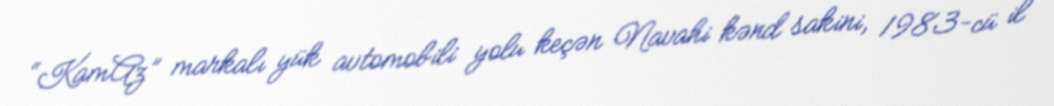
“KamAz” markalı yük avtomobili yolu keçən Navahi kənd sakini, 1983-cü il